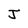
Character: J